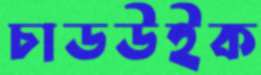
চাডউইক